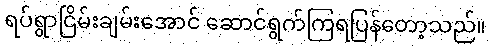
ရပ်ရွာငြိမ်းချမ်းအောင် ဆောင်ရွက်ကြရပြန်တော့သည်။